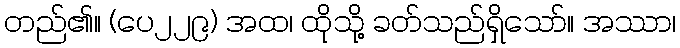
တည်၏။ (ပေ၂၂၉) အထ၊ ထိုသို့ ခတ်သည်ရှိသော်။ အဿာ၊